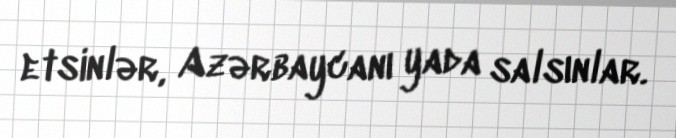
etsinlər, Azərbaycanı yada salsınlar.